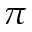
\pi